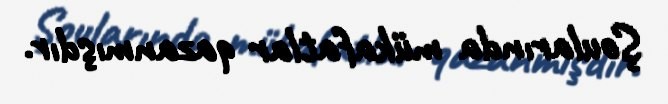
Şoularında mükafatlar qazanmışdır.